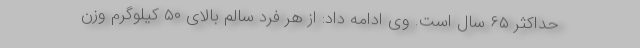
حداکثر ۶۵ سال است. وی ادامه داد: از هر فرد سالم بالای ۵۰ کیلوگرم وزن